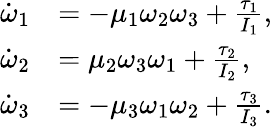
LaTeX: \begin{array}{rl}{\dot{\omega}_{1}}&{=-\mu_{1}\omega_{2}\omega_{3}+\frac{\tau_{1}}{I_{1}},}\\ {\dot{\omega}_{2}}&{=\mu_{2}\omega_{3}\omega_{1}+\frac{\tau_{2}}{I_{2}},}\\ {\dot{\omega}_{3}}&{=-\mu_{3}\omega_{1}\omega_{2}+\frac{\tau_{3}}{I_{3}}.}\end{array}